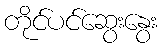
တိုင်ပင်ဆွေးနွေး